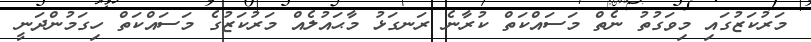
މަރުކަޒުގައި މިވަގުތު ނެތް މަސައްކަތް ކުރާނެ ރަނގަޅު މާޙައުލެއް މަރުކަޒުގެ މަސައްކަތް ހިގަމުންދަނީ